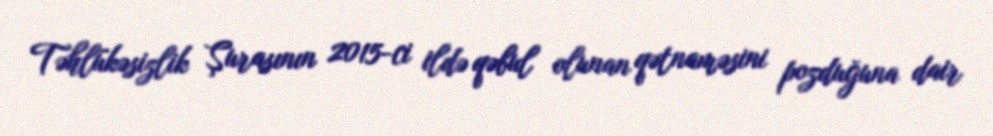
Təhlükəsizlik Şurasının 2015-ci ildə qəbul olunan qətnaməsini pozduğuna dair